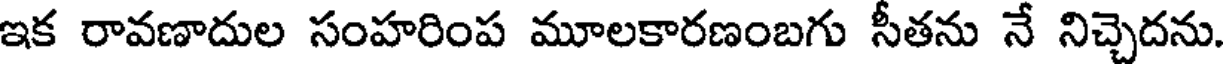
ఇక రావణాదుల సంహరింప మూలకారణంబగు సీతను నే నిచ్చెదను.